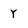
Character: Y